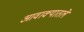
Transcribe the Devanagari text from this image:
आवाक्यातले